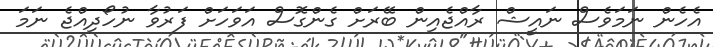
އެހެން ނަމަވެސް ނައީޝް ރާއްޖެއިން ބޭރަށް ގެންގޮސް އަވަހަށް ފަރުވާ ނުހޯދިއްޖެ ނަމަ